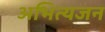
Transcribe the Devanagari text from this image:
अभित्यजन